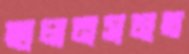
ছালনসমত